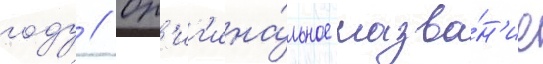
году // Ор'иг'ина́льное назва́н'ие